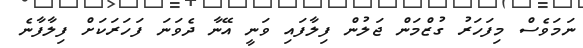
ނަމަވެސް މިފަހަރު ގުޒްމަން ޖަލުން ފިލާފައި ވަނީ އޭނާ ދެވަނަ ފަހަރަކަށް ފިލާފާނެ